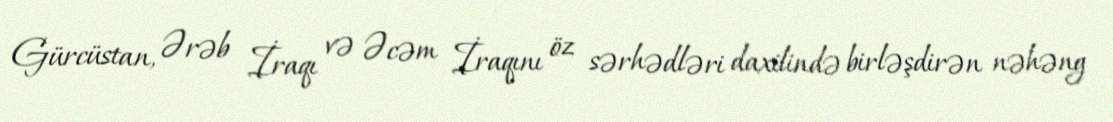
Gürcüstan, Ərəb İraqı və Əcəm İraqını öz sərhədləri daxilində birləşdirən nəhəng